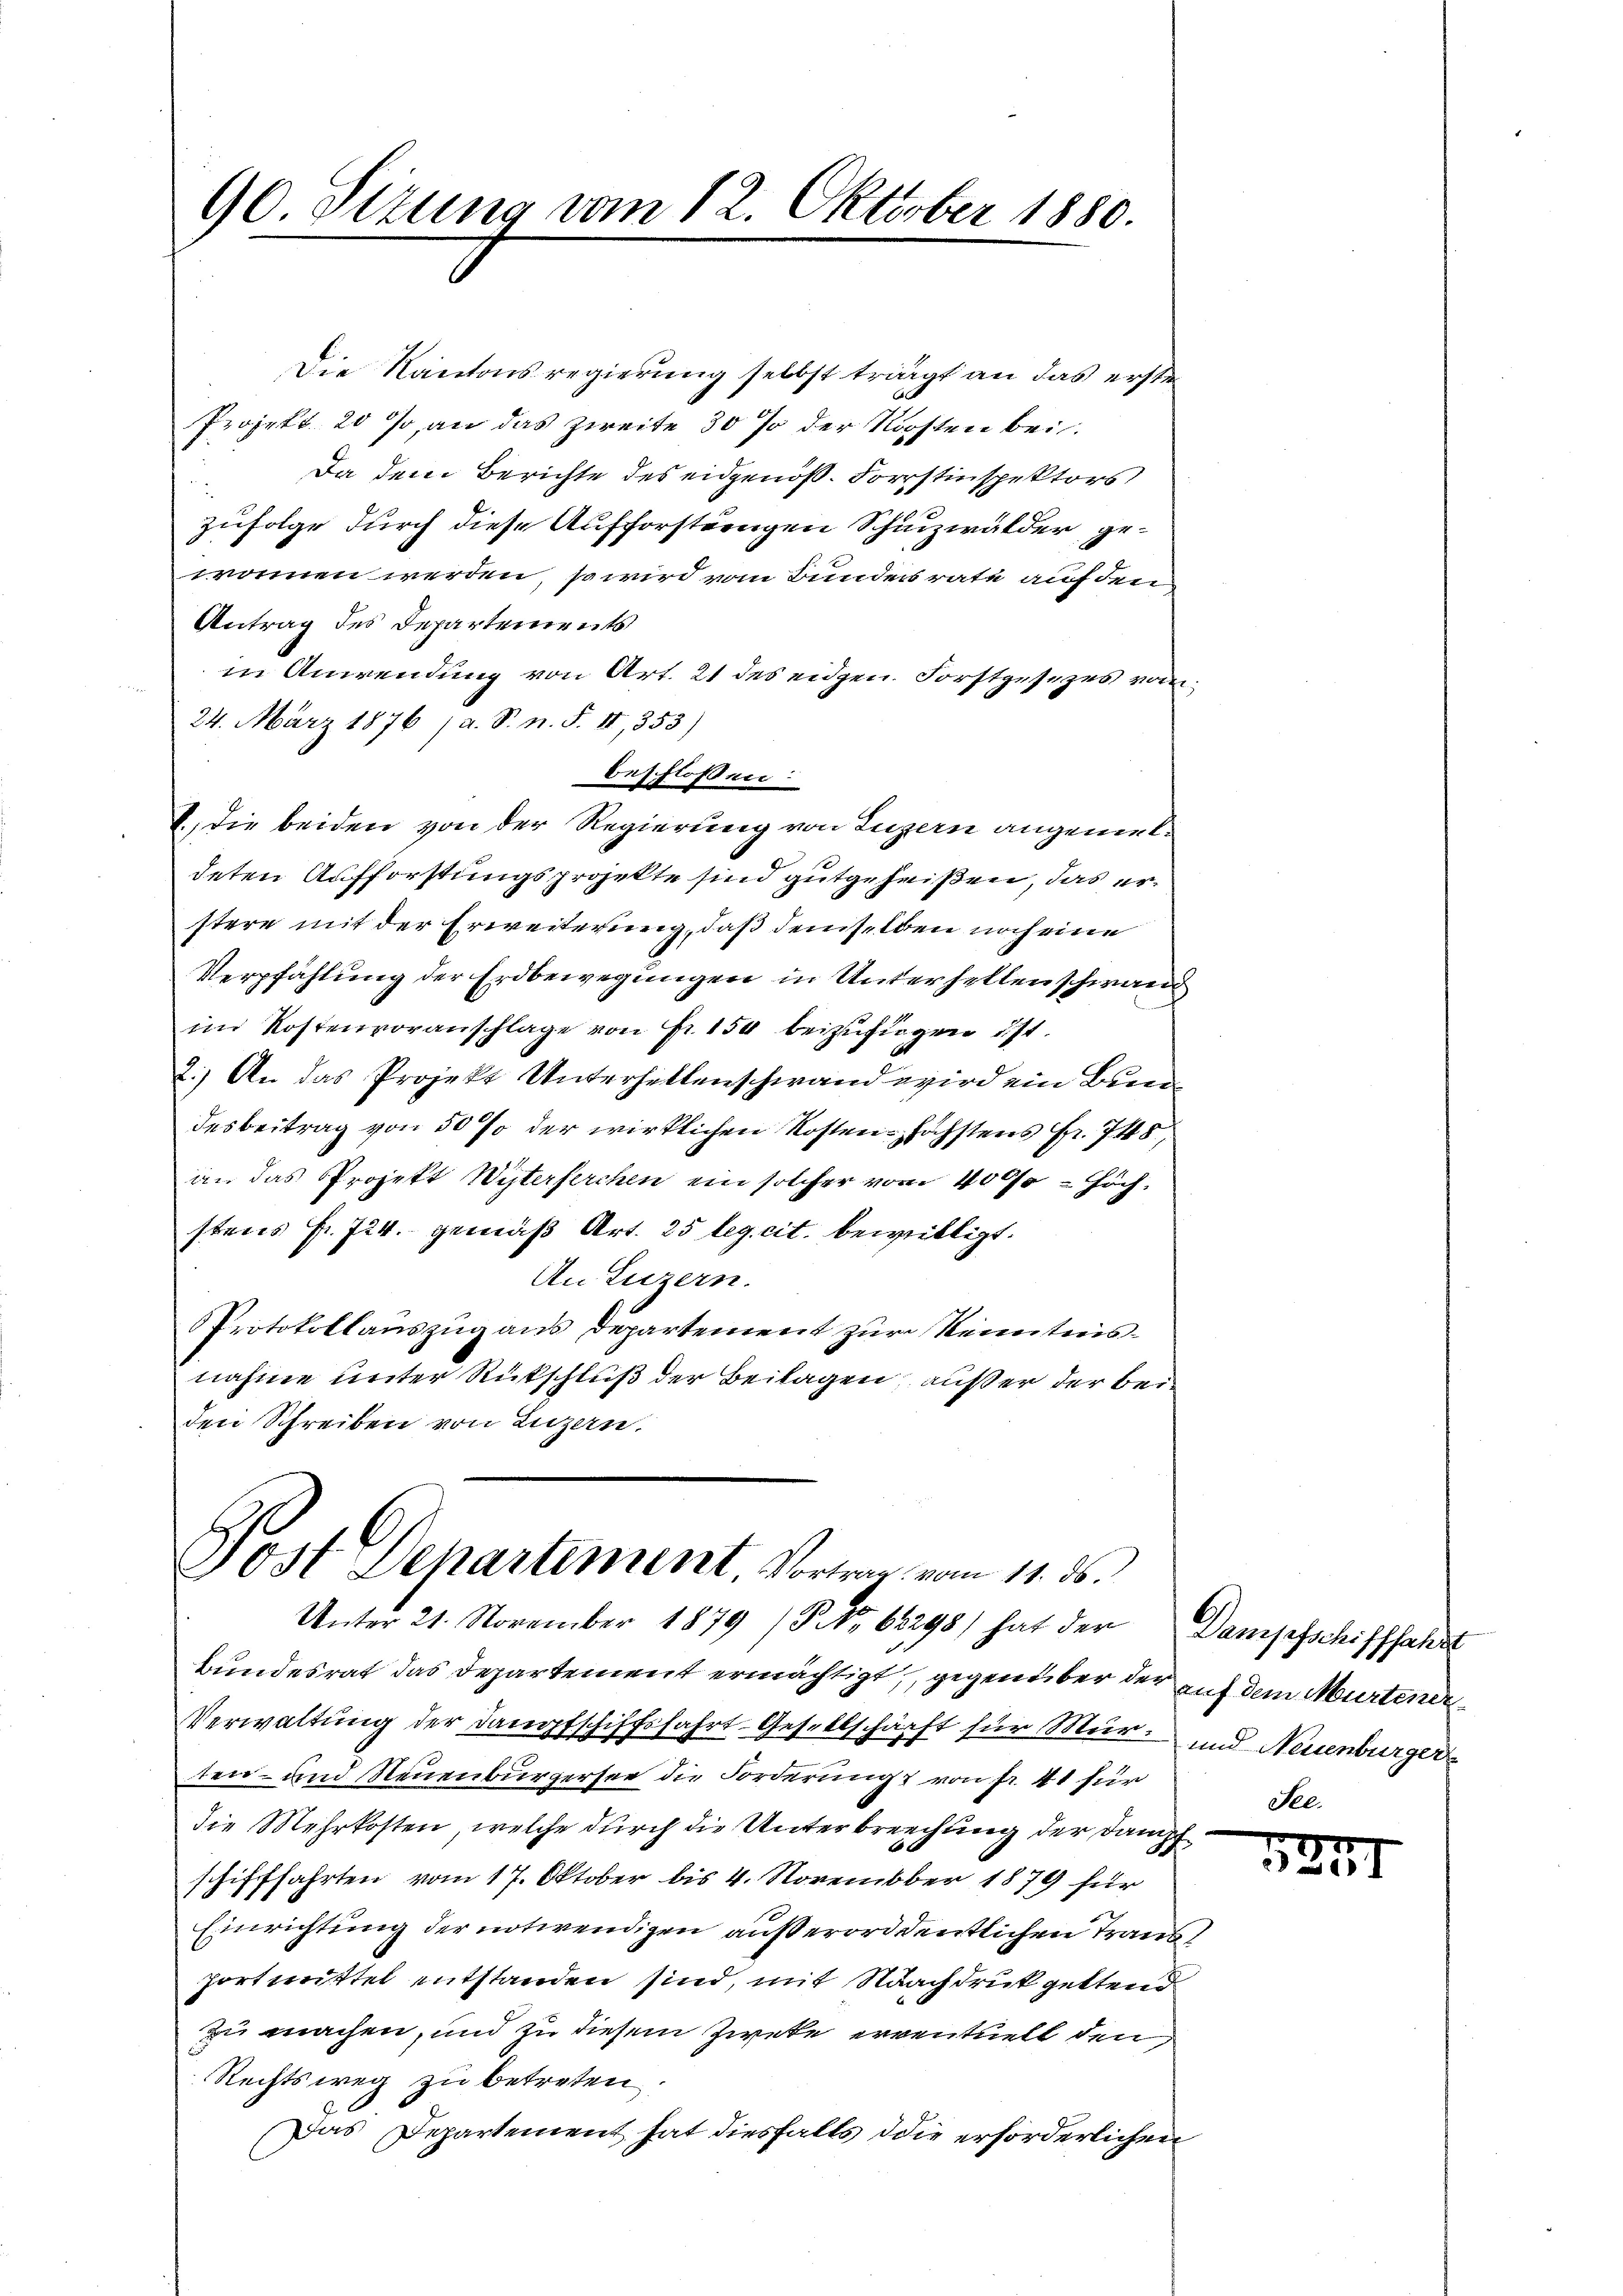
90. Sizung vom 12. Oktober 1880.

Jost Departement, Vortrag vom 11. ds.
Unter 21. November 1879 (NNo. 68298) hat der Dampfschifffahrt

Die Kantonsregierung selbst trägt an das ersten
Projekt 20 so, an das Zweite 30 % der Nachten bei.
Da dem Berichte des eidgenöß. Forstinspektors
zufolge durch diese Aufforsteigen Schutzwälder, gewommen werden, so wird vom Bunders rate auf den
Antrag des Departements
in Anwendung von Art. 21 des eidgen. Forstgesezes von
24. März 1876 / a. S. n. F. II, 353)
beschlossen:
1.) Die beiden von der Regierung von Luzern angemeldeten Aufforstungsprojekte sind gutgeheißen, das erstere mit der Erweiterung, daß demselben noch eine
Verpfahlung der Erdbewegungen in Unterhellen schwan
im Kostenvoranschlage von Fr. 150 beizufügen ist.
2.) An das Projekt Unterhellenschwand wird ein Bundesbeitrag von 50 % der wirklichen Kosten höchstens fr. 745,
an das Projekt Wyterferchen ein solcher vom 4000 - Höchstens Fr. 724. gemäß Art. 25 leg. cit. bewilligt.
An Luzern.
PProtokollauszug aus Departement zur Kenntnisnahme unter Rückschluß der Beilagen, außer der bei
den Schreiben von Luzern.

2

Bundesrat das Departement ermächtigt, gegenüber der auf dem Murtener
Verwaltung der Dampfschiffsfahrt-Gesellschärft für Mur- und Neuenburgerten- und Neuenburgersee die Forderung von Fr. 41 für
die Mehrkosten, welche durch die Unterbrechung der Dampfschifffahrten vom 17. Oktober bis 4. November 1879 für
Einrichtung der notwendigen außerorddentlichen Transportmittel entstanden sind, mit Nachdruck geltend
zu machen, und zu diesem Zweke erventuell den
Rechtsweg zu betreten,
Das Departement hat diesfalls die erforderlichen
C

737.